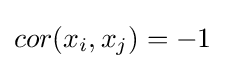
cor(x_{i},x_{j})=-1